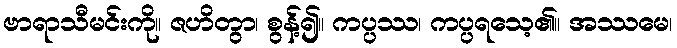
ဗာရာသီမင်းကို။ ဇဟိတွာ၊ စွန့်၍။ ကပ္ပဿ၊ ကပ္ပရသေ့၏။ အဿမေ၊